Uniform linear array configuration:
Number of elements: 12
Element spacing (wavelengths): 1
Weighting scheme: blackman
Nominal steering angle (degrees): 0
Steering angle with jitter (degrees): -1.626
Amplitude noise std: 0.05
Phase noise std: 0.05

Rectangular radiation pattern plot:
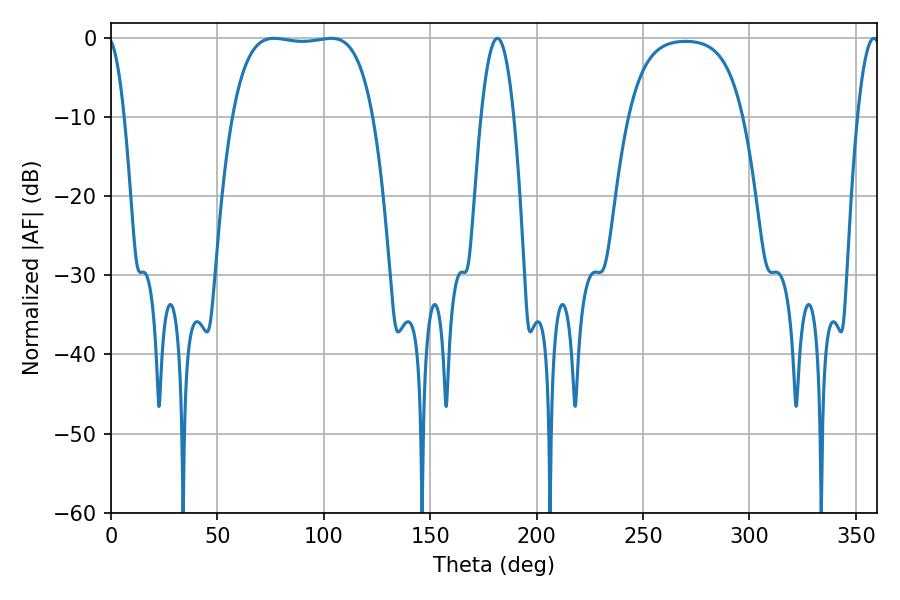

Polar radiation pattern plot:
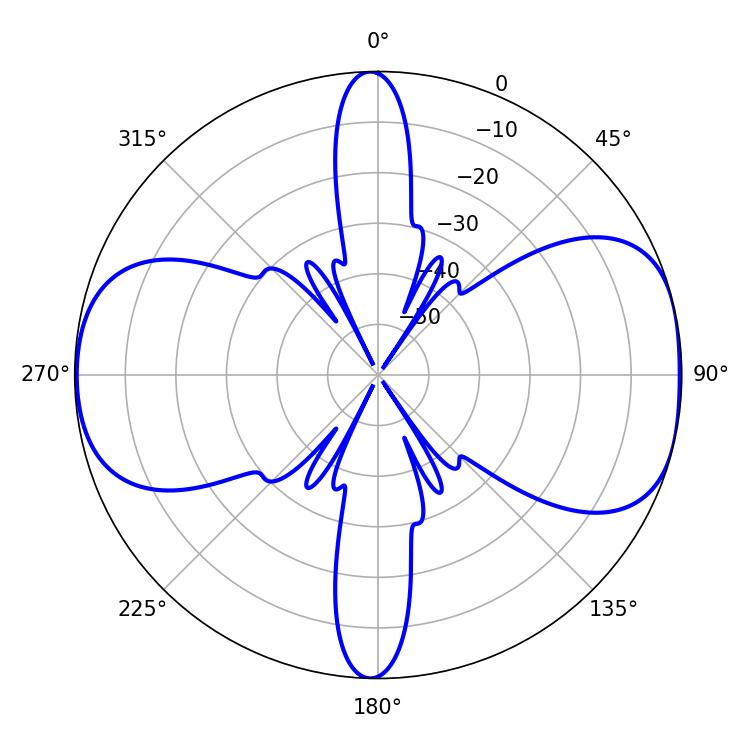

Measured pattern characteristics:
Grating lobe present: TRUE
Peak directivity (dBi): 8.639
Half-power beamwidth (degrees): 52.2
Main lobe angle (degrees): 76.68